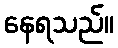
နေရသည်။